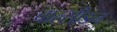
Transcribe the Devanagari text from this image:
चाल्सीडन